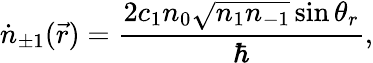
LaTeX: \dot{n}_{\pm 1}(\vec{r})=\frac{2c_{1}n_{0}\sqrt{n_{1}n_{-1}}\sin\theta_{r}}{\hbar},